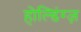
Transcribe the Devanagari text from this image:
होल्डिंग्ज़